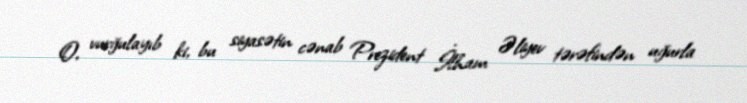
O, vurğulayıb ki, bu siyasətin cənab Prezident İlham Əliyev tərəfindən uğurla